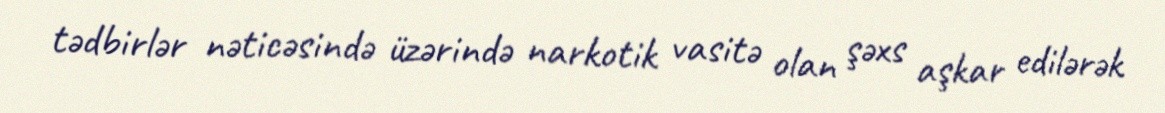
tədbirlər nəticəsində üzərində narkotik vasitə olan şəxs aşkar edilərək